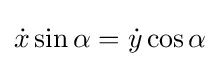
{\dot {x}}\sin \alpha ={\dot {y}}\cos \alpha